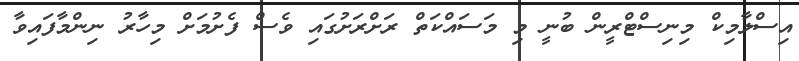
އިސްލާމިކް މިނިސްޓްރީން ބުނީ މި މަސައްކަތް ރަށްރަށުގައި ވެސް ފެށުމަށް މިހާރު ނިންމާފައިވާ